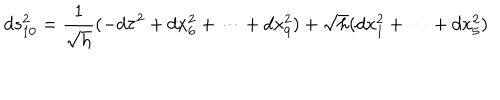
LaTeX: d s _ { 1 0 } ^ { 2 } = \frac { 1 } { \sqrt { h } } ( - d \tau ^ { 2 } + d x _ { 6 } ^ { 2 } + \cdots + d x _ { 9 } ^ { 2 } ) + \sqrt { h } ( d x _ { 1 } ^ { 2 } + \cdots + d x _ { 5 } ^ { 2 } )